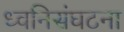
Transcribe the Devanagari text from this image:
ध्वनिसंघटना